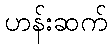
ဟန်းဆက်